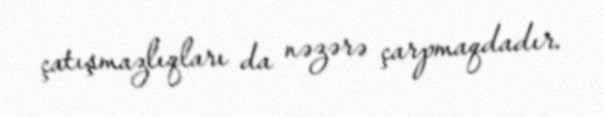
çatışmazlıqları da nəzərə çarpmaqdadır.